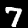
Label: 7